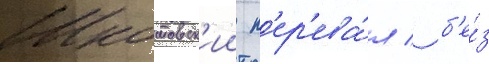
Шкотовск'ии п'ер'ева́л / б'е́з